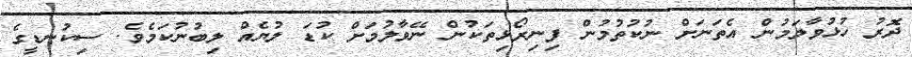
ދޮރު ހުޅުވާލަމުން އެތަނަށް ނުކުތުމުން ފިނިރޯޅިތަކުން ނޭވާލުމަށް ކުޑަ ލުޔެއް ލިބުނުކަމެވެ. ސިކުނޑީގެ